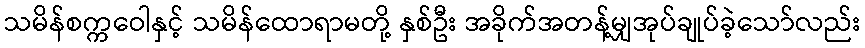
သမိန်စက္ကဝေါနှင့် သမိန်ထောရာမတို့ နှစ်ဦး အခိုက်အတန့်မျှအုပ်ချုပ်ခဲ့သော်လည်း